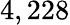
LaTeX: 4,228